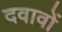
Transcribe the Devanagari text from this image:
दवावों